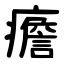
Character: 癚